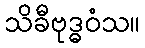
သိခီဗုဒ္ဓဝံသ။